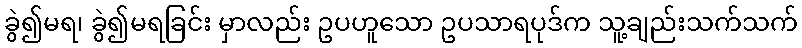
ခွဲ၍မရ၊ ခွဲ၍မရခြင်း မှာလည်း ဥပဟူသော ဥပသာရပုဒ်က သူ့ချည်းသက်သက်